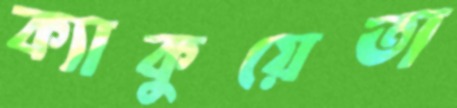
ক্যাকুয়েতা